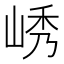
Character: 𫵿